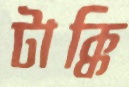
টাক্কি